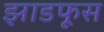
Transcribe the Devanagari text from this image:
झाडफूस